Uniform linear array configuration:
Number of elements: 16
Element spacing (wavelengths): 0.25
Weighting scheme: kaiser
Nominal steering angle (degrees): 15
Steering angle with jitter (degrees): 16.119
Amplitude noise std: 0.05
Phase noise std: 0.05

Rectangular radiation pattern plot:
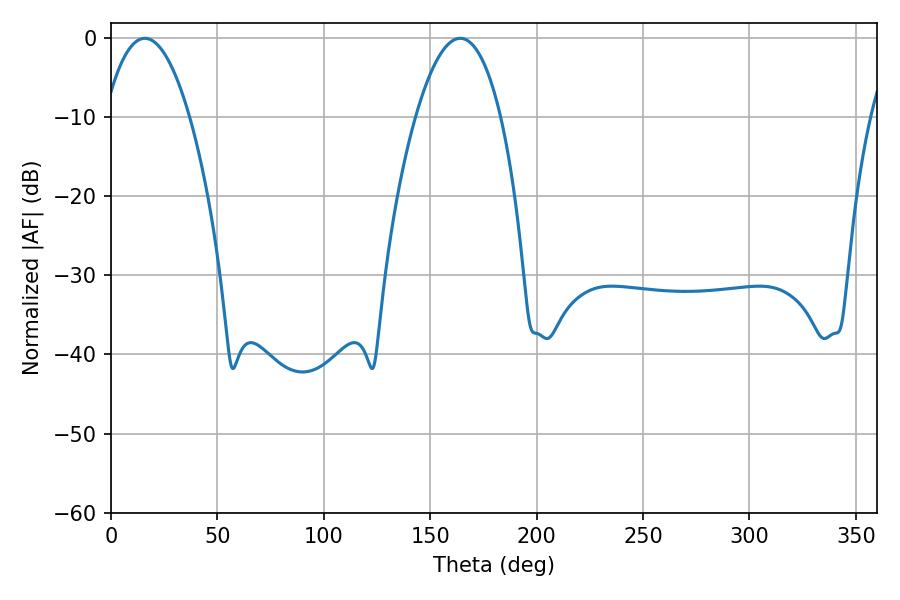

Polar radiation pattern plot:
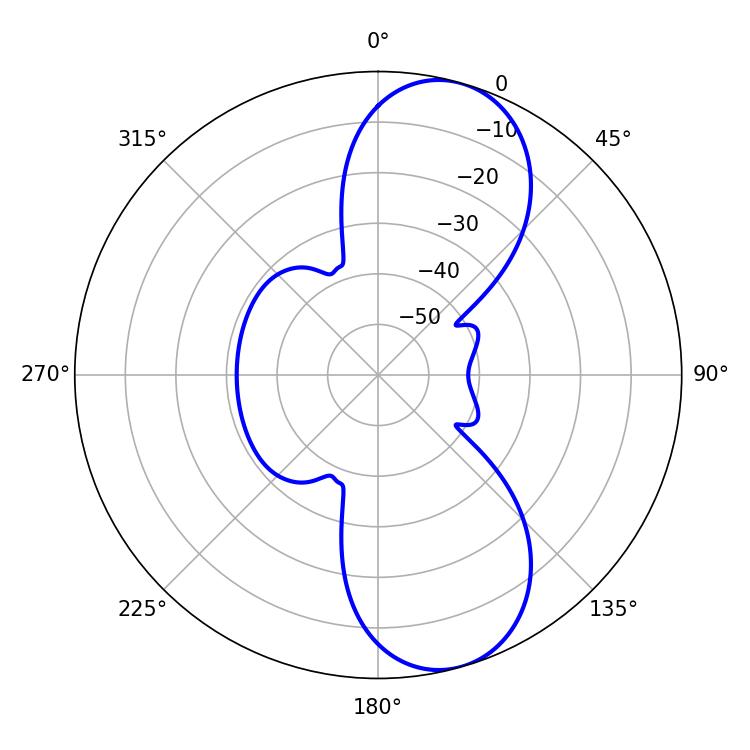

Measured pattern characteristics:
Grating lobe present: FALSE
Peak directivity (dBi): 9.386
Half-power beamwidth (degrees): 22.14
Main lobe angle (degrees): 15.84